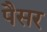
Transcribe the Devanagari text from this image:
पैसर